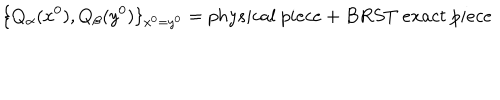
\{ Q _ { \alpha } ( x ^ { 0 } ) , Q _ { \beta } ( y ^ { 0 } ) \} _ { x ^ { 0 } = y ^ { 0 } } = p h y s i c a l \ p i e c e + B R S T \ e x a c t \ p i e c e